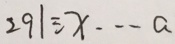
2 9 1 \div x \cdots a